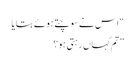
“ اس نے سوچتے ہوئے بتایا
” تم کہاں رہتی ہو؟